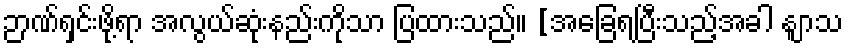
ဉာဏ်ရှင်းဖို့ရာ အလွယ်ဆုံးနည်းကိုသာ ပြထားသည်။ [အခြေရပြီးသည့်အခါ နျာသ